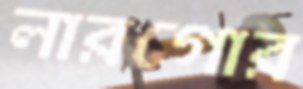
লারগোর